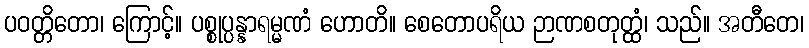
ပဝတ္တိတော၊ ကြောင့်။ ပစ္စုပ္ပန္နာရမ္မဏံ ဟောတိ။ စေတောပရိယ ဉာဏစတုတ္ထံ၊ သည်။ အတီတေ၊